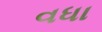
વધા